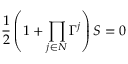
{ \frac { 1 } { 2 } } \left( 1 + \prod _ { j \in { \cal N } } \Gamma ^ { j } \right) S = 0